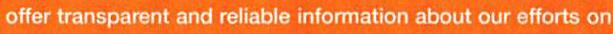
offer transparent and reliable information about our efforts on